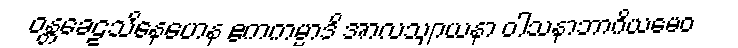
ဝန္တခေဠသိနေဟေန ဧကကမ္မာဒိ အာလသျာယနာ ဝါသနာဘာဂိယမေဝ